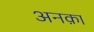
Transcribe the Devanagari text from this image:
अनक़ा